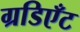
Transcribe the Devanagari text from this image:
ग्रडिएँट